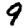
Digit: 9